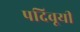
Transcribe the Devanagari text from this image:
पदिवूयी